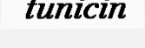
tunicin